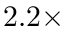
2 . 2 \times